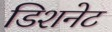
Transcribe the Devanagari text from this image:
डिशनेट